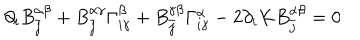
LaTeX: \partial _ { i } B _ { \bar { j } } ^ { \alpha \beta } + B _ { \bar { j } } ^ { \alpha \gamma } \Gamma _ { i \gamma } ^ { \beta } + B _ { \bar { j } } ^ { \gamma \beta } \Gamma _ { i \gamma } ^ { \alpha } - 2 \partial _ { i } K B _ { \bar { j } } ^ { \alpha \beta } = 0